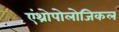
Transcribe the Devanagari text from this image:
एंथ्रोपोलोजिकल